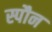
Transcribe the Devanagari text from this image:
स्पौन